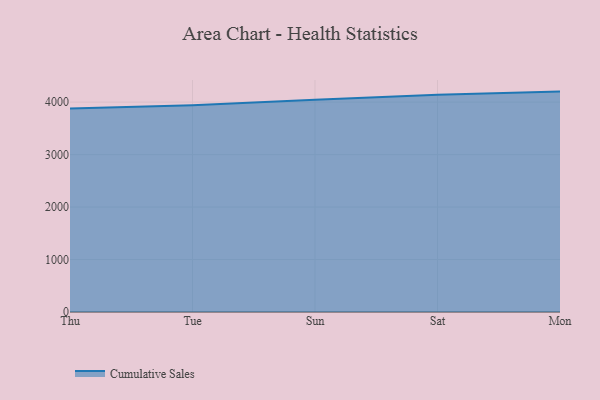
{"axis": {"x": "Day", "y": "Demand Index"}, "legend": ["Cumulative Sales"], "data": [{"x": "Thu", "y": 3877.8, "type": "Cumulative Sales"}, {"x": "Tue", "y": 3942.5, "type": "Cumulative Sales"}, {"x": "Sun", "y": 4044.0, "type": "Cumulative Sales"}, {"x": "Sat", "y": 4140.7, "type": "Cumulative Sales"}, {"x": "Mon", "y": 4200.7, "type": "Cumulative Sales"}]}